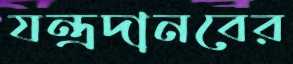
যন্ত্রদানবের